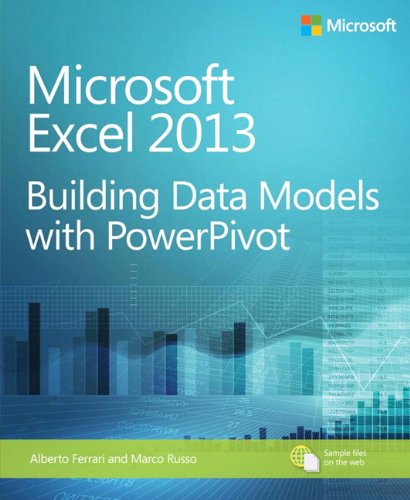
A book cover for Microsoft Excel 2013 Building Data Models with PowerPivot (Business Skills); Alberto Ferrari; Computers & Technology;